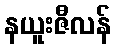
နယူးဇီလန်